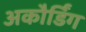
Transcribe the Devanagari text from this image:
अकौर्डिंग